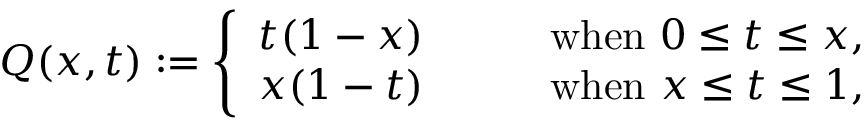
Q ( x , t ) : = \left\{ \begin{array} { l l } { { t ( 1 - x ) } } & { { \qquad \mathrm { w h e n ~ } 0 \le t \le x , } } \\ { { x ( 1 - t ) } } & { { \qquad \mathrm { w h e n ~ } x \le t \le 1 , } } \end{array} \right.